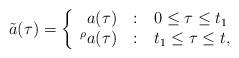
LaTeX: \begin{align*}\tilde a(\tau) = \left\{ \begin{array}{r@{\quad:\quad}l} a(\tau) & 0 \leq \tau \leq t_1 \\ {}^\rho a(\tau) & t_1 \leq \tau \leq t, \end {array} \right.\end{align*}